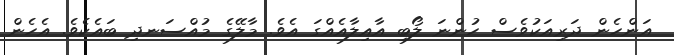
އަންހެން ދަރިއަކުވެސް ހުންނަ ލޯބި އާއިލާއެއްގަ އެވެ. މާލޭގެ މުއްސަނދި ބައެކެވެ. އެހެން